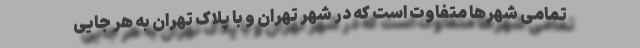
تمامی شهرها متفاوت است که در شهر تهران و با پلاک تهران به هر جایی